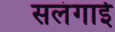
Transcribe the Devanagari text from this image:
सलंगाई